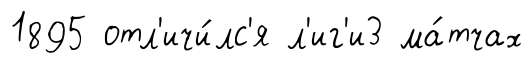
1895 отл'ичи́лс'я л'иг'и3 ма́тчах